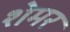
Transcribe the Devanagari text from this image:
शेमर